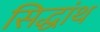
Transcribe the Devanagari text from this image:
सिद्धांथ